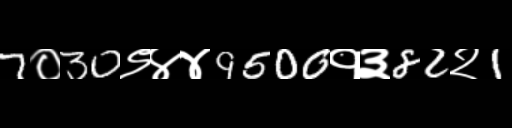
Text: 7०30९४४9500१३82२1